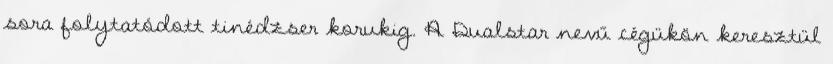
sora folytatódott tinédzser korukig. A Dualstar nevű cégükön keresztül